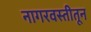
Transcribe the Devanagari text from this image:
नागरवस्तीतून